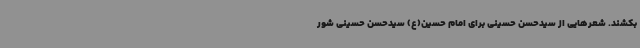
بکشند. شعرهایی از سیدحسن حسینی برای امام حسین(ع) سیدحسن حسینی شور